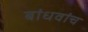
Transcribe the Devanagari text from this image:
बांधवांच